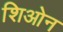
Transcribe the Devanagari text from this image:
शिओन